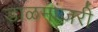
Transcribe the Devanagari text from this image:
डाळमांजरी